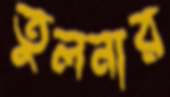
তুলনার